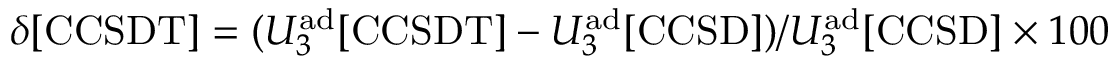
\delta [ \mathrm { C C S D T } ] = ( U _ { 3 } ^ { \mathrm { a d } } [ \mathrm { C C S D T } ] - U _ { 3 } ^ { \mathrm { a d } } [ \mathrm { C C S D } ] ) / U _ { 3 } ^ { \mathrm { a d } } [ \mathrm { C C S D } ] \times 1 0 0 \